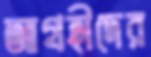
আগ্রহীদের